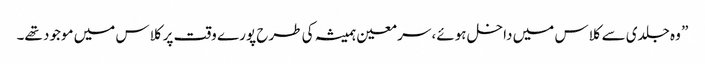
” وہ جلدی سے کلاس میں داخل ہوئے، سر معین ہمیشہ کی طرح پورے وقت پر کلاس میں موجود تھے۔